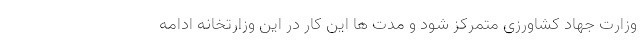
وزارت جهاد کشاورزی متمرکز شود و مدت ها این کار در این وزارتخانه ادامه